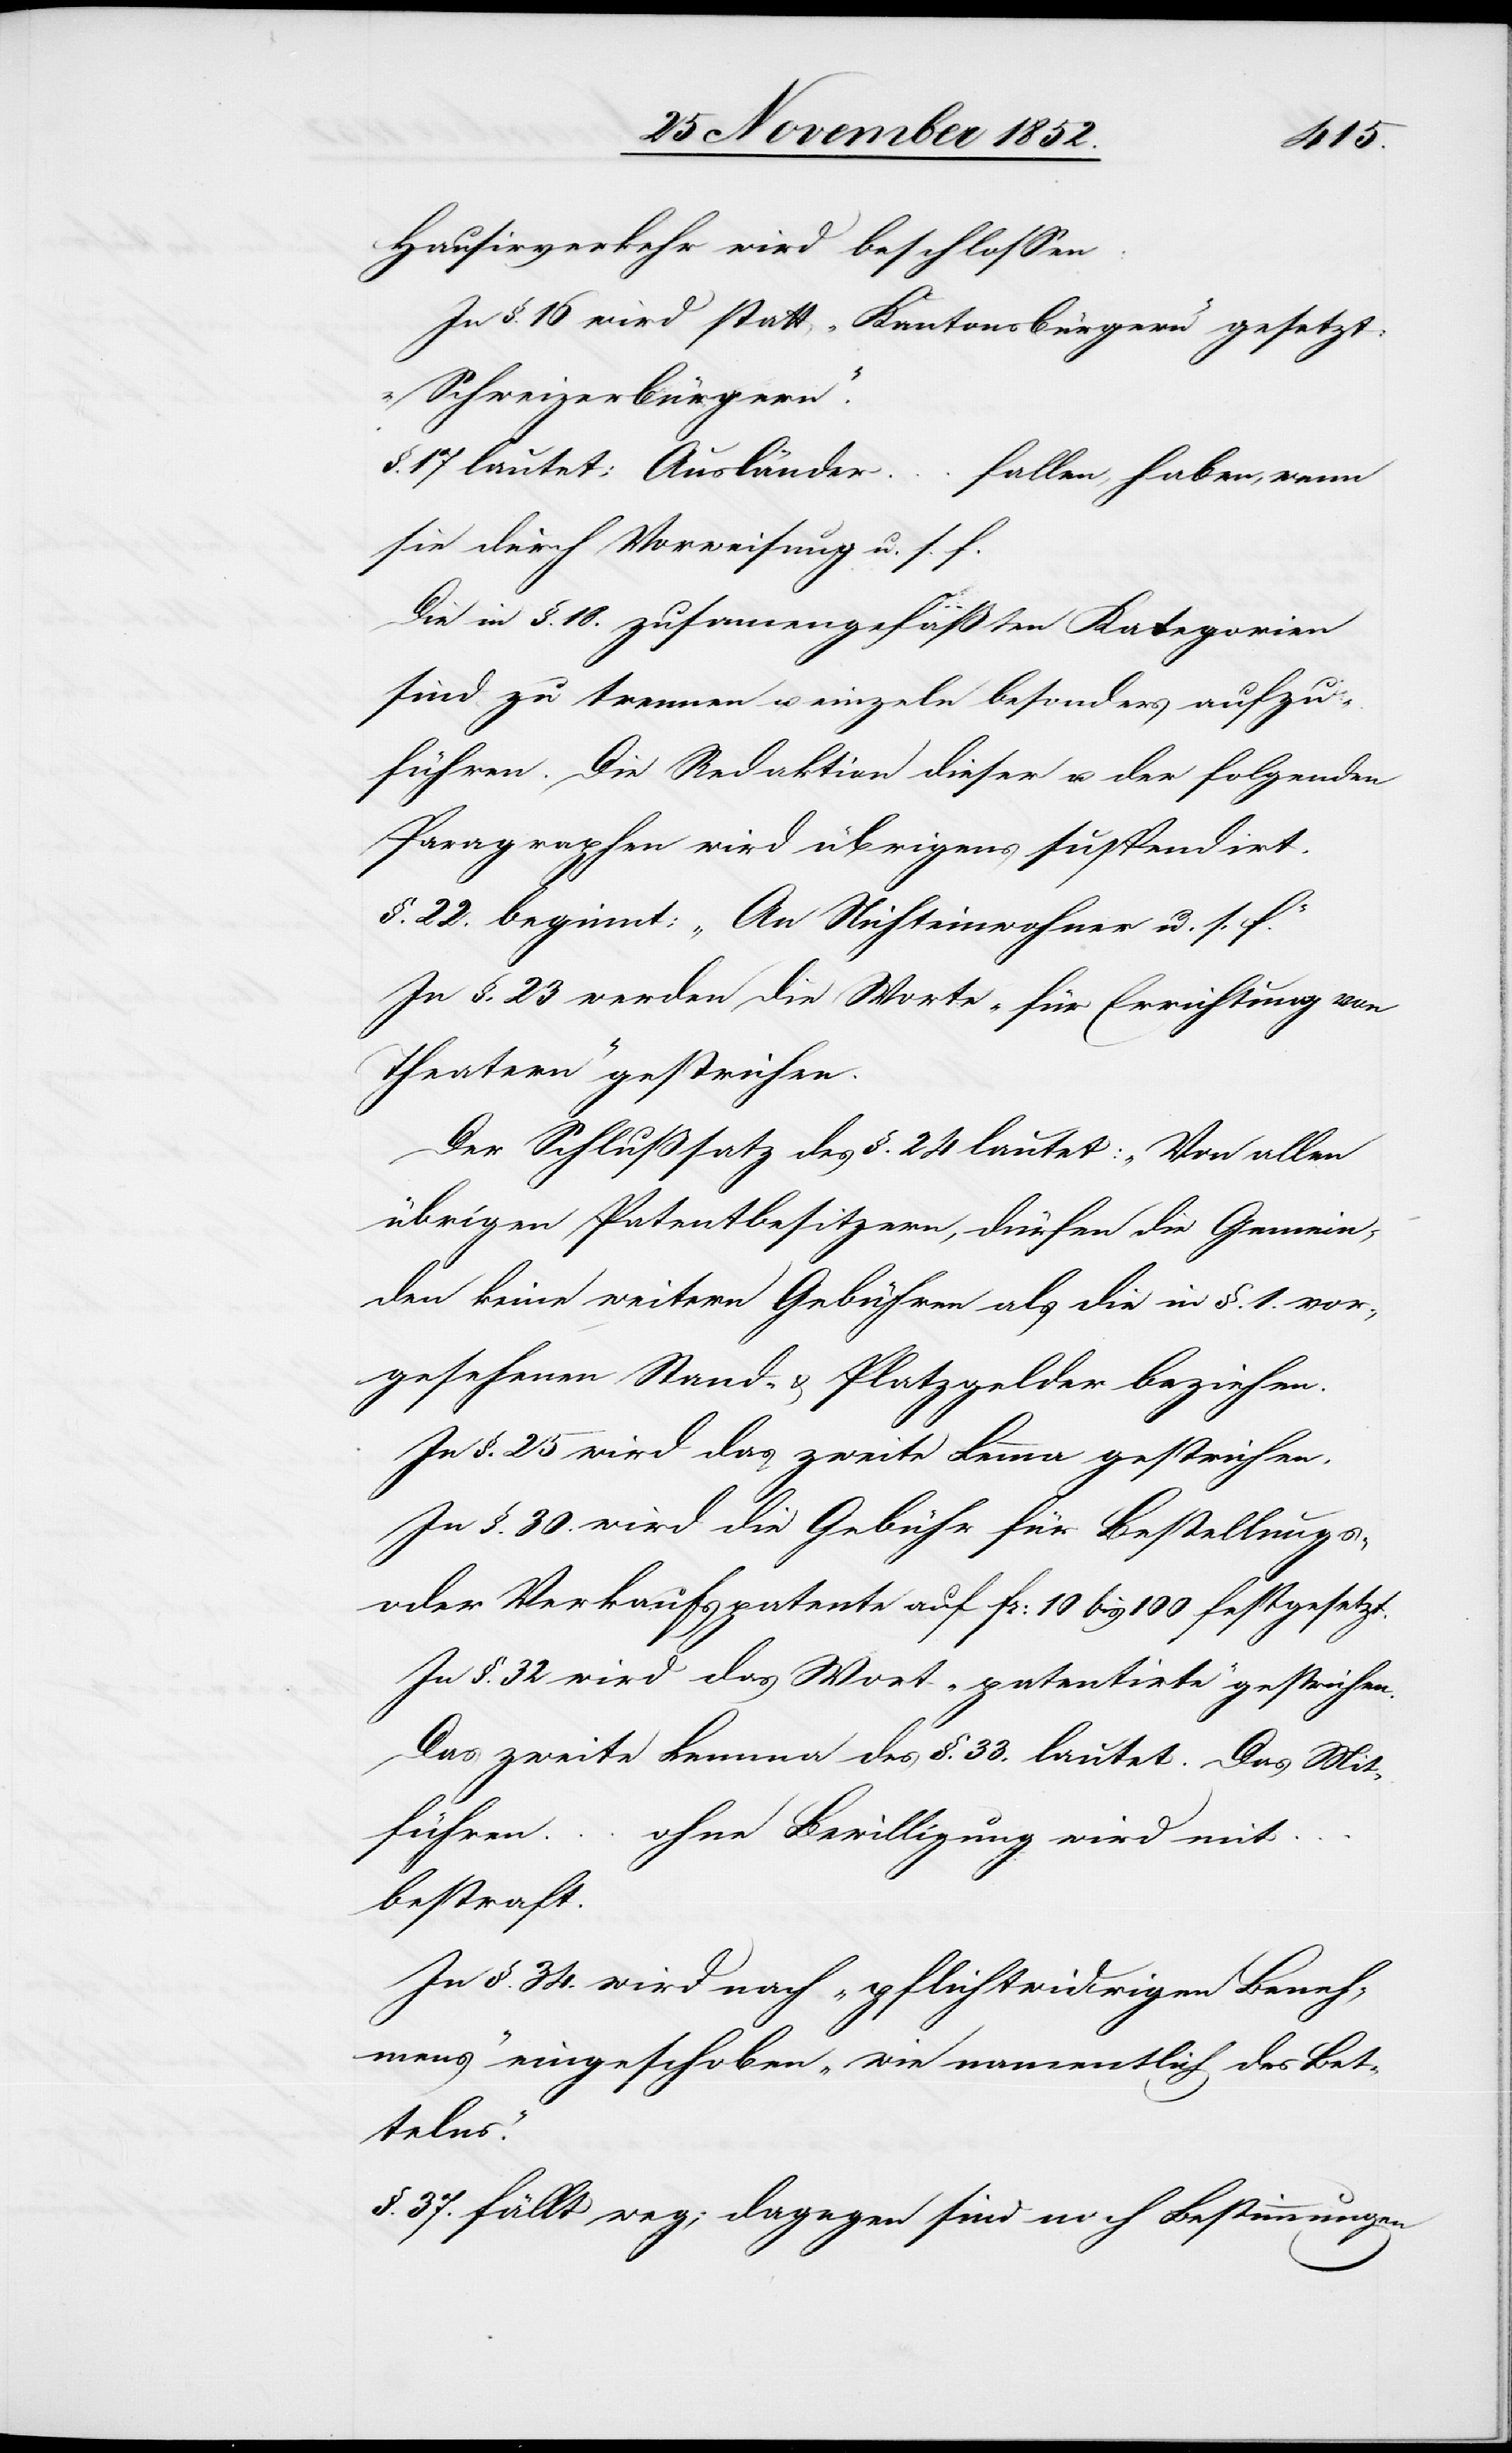
Hausirverkehr wird beschlossen:
In §. 16 wird statt „Kantonsbürgern“ gesetzt:
„Schweizerbürgern“.
§. 17 lautet: Ausländer … fallen, haben, wenn
sie durch Vorweisung u. s. f.
Die in §. 18. zusamengefäßten [sic!] Kategorien
sind zu trennen u. einzeln besonders aufzu¬
führen. Die Redaktion dieser u. der folgenden
Paragraphen wird übrigens suspendirt.
§. 22. beginnt: „An Nichteinwohner u. s. f.“
In §. 23 werden die Worte „für Errichtung von
Theatern“ gestrichen.
Der Schlußsatz des §. 24 lautet: „Von allen
übrigen Patentbesitzern, dürfen die Gemein¬
den keine weitern Gebühren als die in §. 1. vor¬
gesehenen Stand- & Platzgelder beziehen.[“]
In §. 25 wird das zweite Lemma gestrichen.
In §. 30. wird die Gebühr für Bestellungs-
oder Verkaufspatente auf Fr: 10 bis 100 festgesetzt.
In §. 32 wird das Wort „patentirte“ gestrichen.
Das zweite Lemma des §. 33. lautet. Das Mit¬
führen … ohne Bewilligung wird mit
bestraft.
In §. 34. wird nach „pflichtwidrigen Beneh¬
mens“ eingeschoben „wie namentlich des Bet¬
telns.“
§. 37. fällt weg; dagegen sind noch Bestimmungen